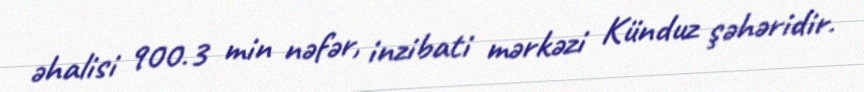
əhalisi 900.3 min nəfər, inzibati mərkəzi Künduz şəhəridir.